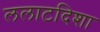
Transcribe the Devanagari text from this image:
ललाटदिशा